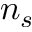
n _ { s }